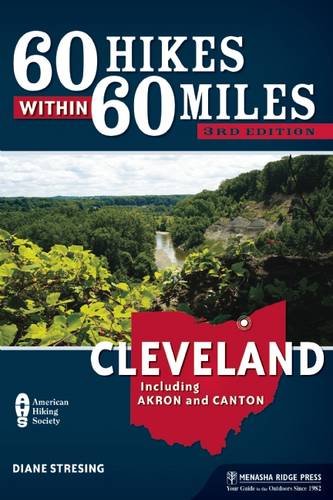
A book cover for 60 Hikes Within 60 Miles: Cleveland: Including Akron and Canton; Diane Stresing; Travel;